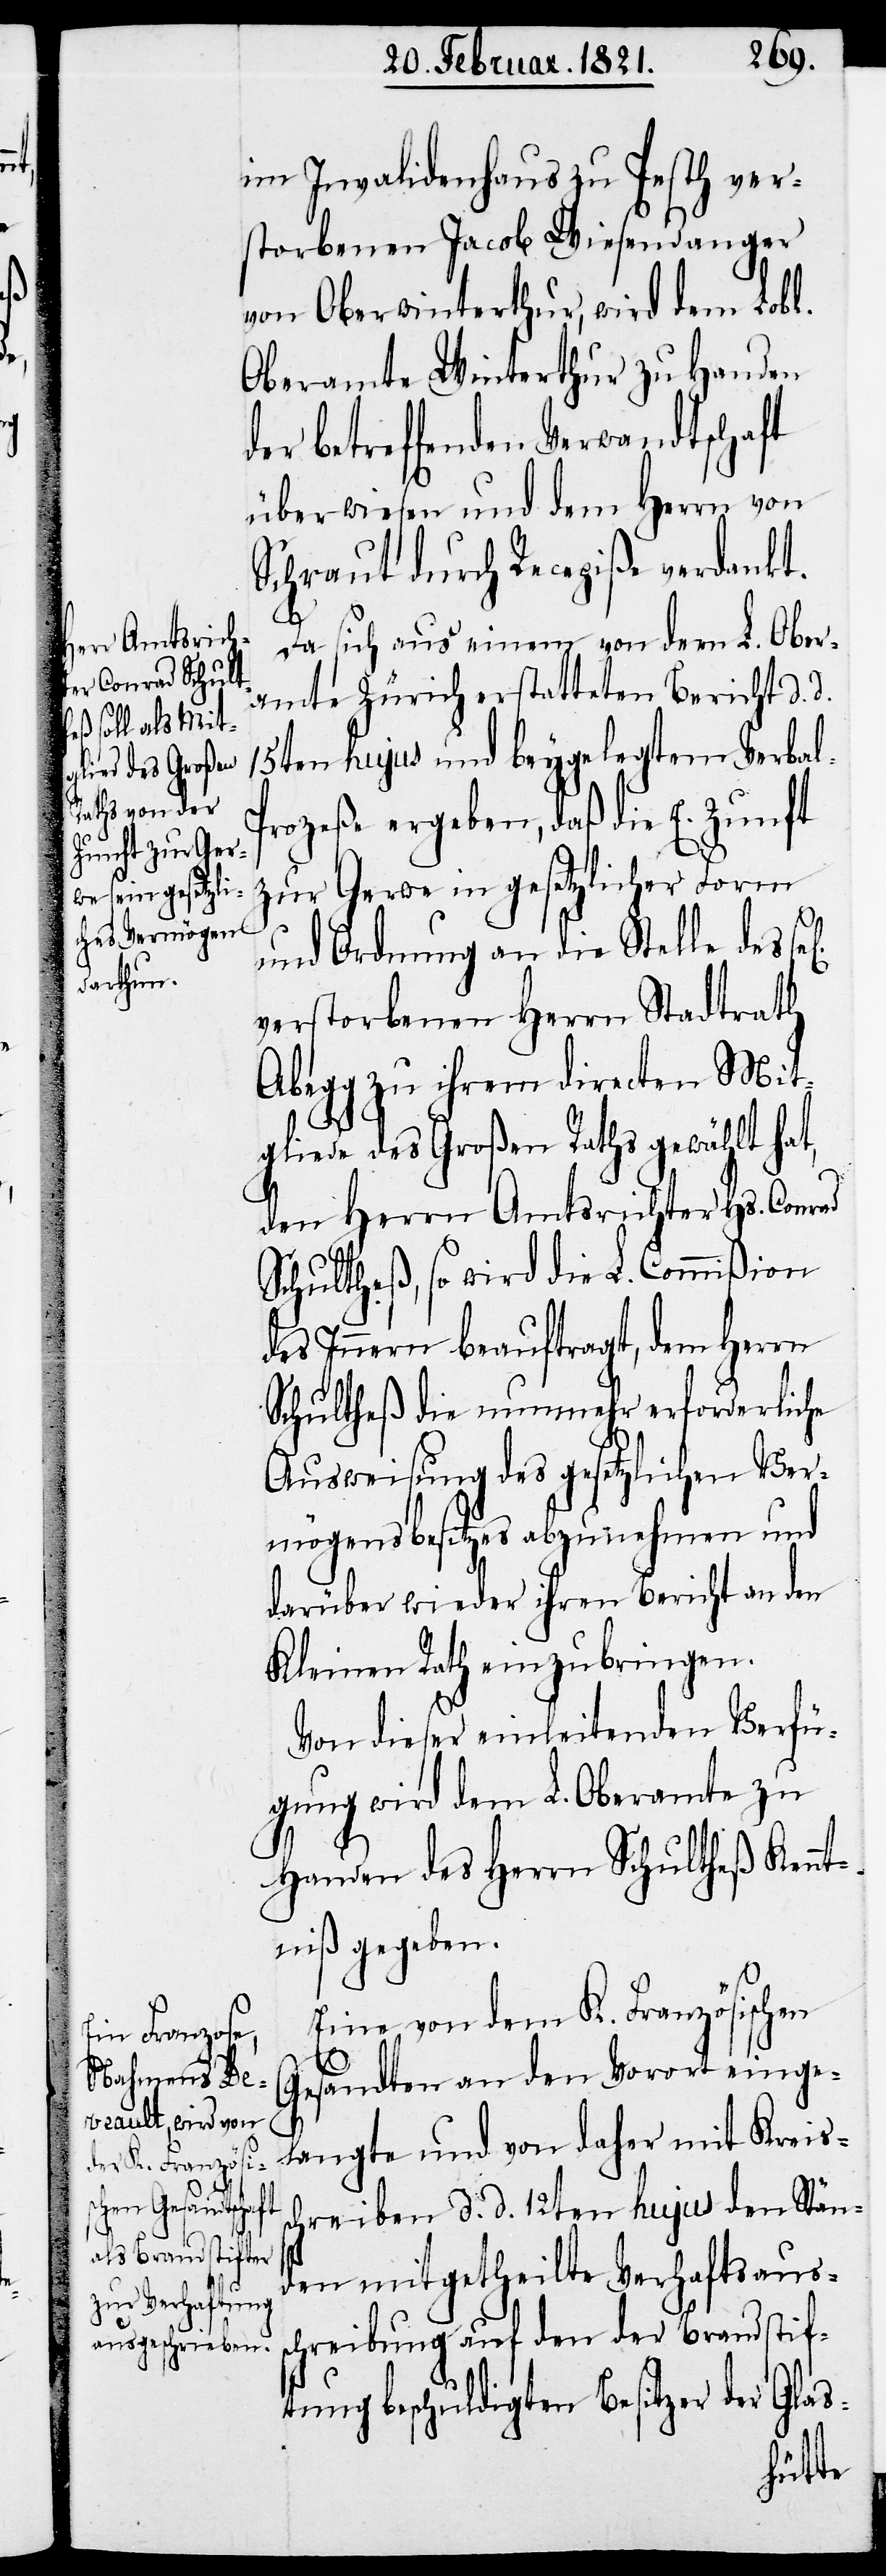
l[ig]

im Invalidenhaus zu Pesth ver¬
storbenen Jacob Wiesendanger
von Oberwinterthur, wird dem Lobl.
Oberamte Winterthur zu Handen
der betreffenden Verwandtschaft
überwiesen und dem Herrn von
Schraut durch Recepiße verdankt.
Da sich aus einem von dem L. Ober¬
amte Zürich erstatteten Bericht d. d.
15ten hujus und beygelegtem Verbal¬
proceße ergeben, daß die E. Zunft
zur Gerwe in gesetzlicher Form
und Ordnung an die Stelle des se¬
verstorbenen Herrn Stadtrath
Abegg zu ihrem directen Mit¬
gliede des Großen Raths gewählt hat,
den Herrn Amtsrichter Hs. Conrad
Schultheß, so wird die L. Commißion
des Innern beauftragt, dem Herrn
Schultheß die nunmehr erforderliche
Ausweisung des gesetzlichen Ver¬
mögensbesitzes abzunehmen und
darüber wieder ihren Bericht an den
Kleinen Rath einzubringen.
Von dieser einleitenden Verfü¬
gung wird dem L. Oberamte zu
Handen des Herrn Schultheß Kennt¬
niß gegeben.
Eine von dem K. Französischen
Gesandten an den Vorort einge¬
langte und von daher mit Kreiss¬
chreiben d. d. 12ten hujus den Stän¬
den mitgetheilte Verhaftsauss¬
chreibung auf den der Brandstif¬
tung beschuldigten Besitzer der Glas-